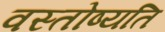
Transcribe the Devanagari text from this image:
वस्तोष्यति